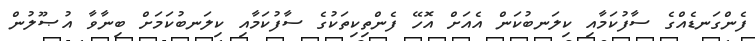
ފެންގަނޑެއްގެ ސާފުކަމާއި ކިލަނބުކަން އެއަށް އޮހޭ ފެންތިކިތަކުގެ ސާފުކަމާއި ކިލަނބުކަމަށް ބިނާވާ އުޞޫލުން